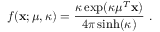
f ( { \bf x } ; { \boldsymbol \mu } , \kappa ) = \frac { \kappa \exp ( \kappa { \boldsymbol \mu } ^ { T } { \bf x } ) } { 4 \pi \sinh ( \kappa ) } ~ .